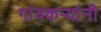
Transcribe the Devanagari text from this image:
गांवकऱ्यांनी